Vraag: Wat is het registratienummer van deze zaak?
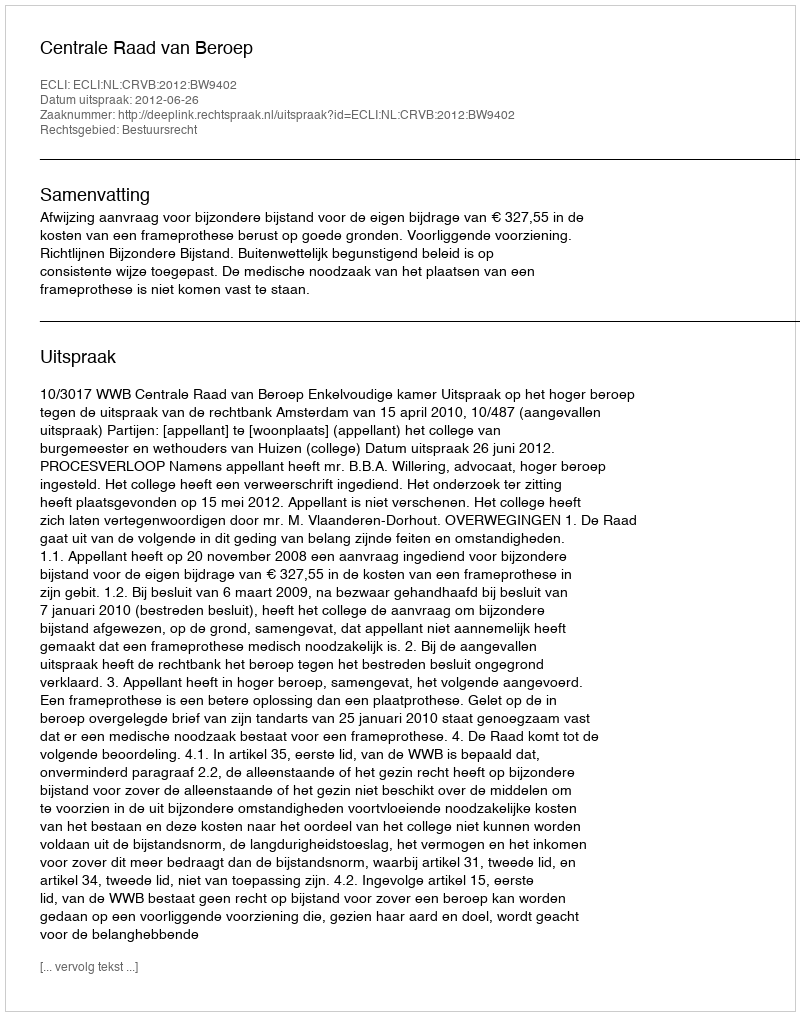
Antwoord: http://deeplink.rechtspraak.nl/uitspraak?id=ECLI:NL:CRVB:2012:BW9402